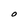
Character: O